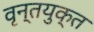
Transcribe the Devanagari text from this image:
वृन्तयुक्त